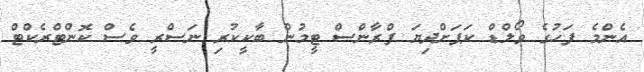
އެންމެ ފަހުގެ ވޯލްޑް ކަޕަށްދިޔަ ފްރާންސް ޓީމުން ބާކީކުރި ނަސްރީ ވެސް ކޮންޓްރެކްޓް